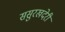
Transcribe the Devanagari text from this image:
ससुरखदेरी